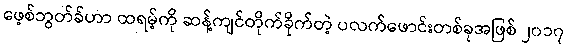
ဖေ့စ်ဘွတ်ခ်ဟာ ထရမ့်ကို ဆန့်ကျင်တိုက်ခိုက်တဲ့ ပလက်ဖောင်းတစ်ခုအဖြစ် ၂၀၁၇